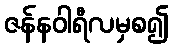
ဇန်နဝါရီလမှစ၍